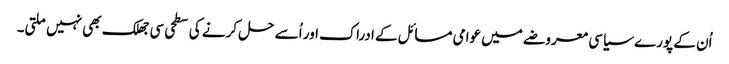
اُن کے پورے سیاسی معروضے میں عوامی مسائل کے ادراک اور اُسے حل کرنے کی سطحی سی جھلک بھی نہیں ملتی۔